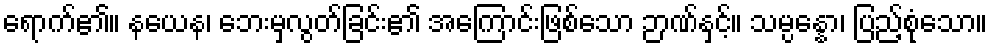
ရောက်၏။ နယေန၊ ဘေးမှလွတ်ခြင်း၏ အကြောင်းဖြစ်သော ဉာဏ်နှင့်။ သမ္ပန္နော၊ ပြည့်စုံသော။